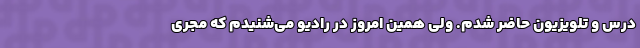
درس و تلویزیون حاضر شدم. ولی همین امروز در رادیو می‌شنیدم که مجری